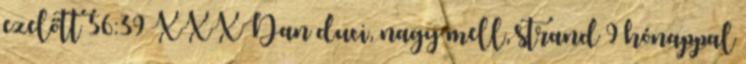
ezelőtt 56:39 XXXDan duci, nagy mell, strand 9 hónappal